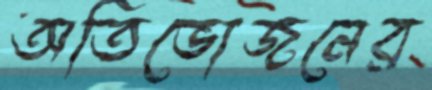
অতিভোজনের